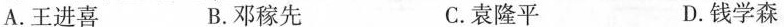
A.王进喜 B.邓稼先 C.袁隆平 D.钱学森